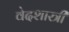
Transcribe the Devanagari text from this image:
वेदशास्त्री